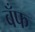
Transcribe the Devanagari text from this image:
बँफ